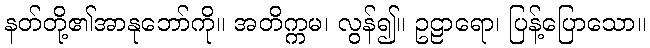
နတ်တို့၏အာနုဘော်ကို။ အတိက္ကမ၊ လွန်၍။ ဥဠာရော၊ ပြန့်ပြောသော။